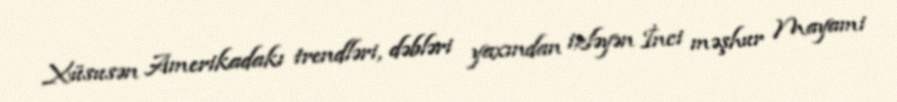
Xüsusən Amerikadakı trendləri, dəbləri yaxından izləyən İnci məşhur Mayami